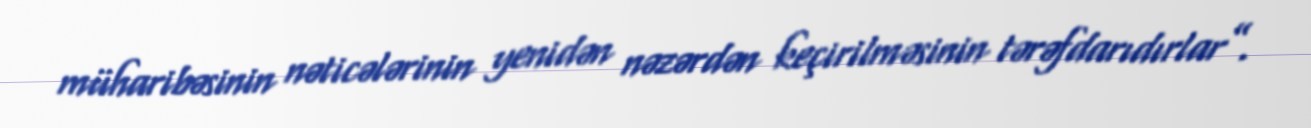
müharibəsinin nəticələrinin yenidən nəzərdən keçirilməsinin tərəfdarıdırlar”.